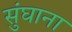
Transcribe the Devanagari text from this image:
सुंघाना